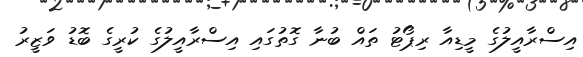
އިސްރާއީލުގެ މީޑިއާ ރިޕޯޓު ތައް ބުނާ ގޮތުގައި އިސްރާއީލުގެ ކުރީގެ ބޮޑު ވަޒީރު